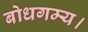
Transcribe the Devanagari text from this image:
बोधगम्य।